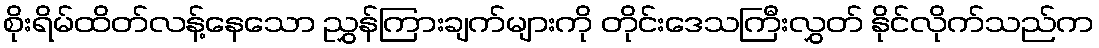
စိုးရိမ်ထိတ်လန့်နေသော ညွှန်ကြားချက်များကို တိုင်းဒေသကြီးလွှတ် နိုင်လိုက်သည်က